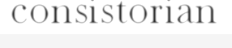
consistorian